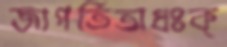
জাগর্তিঅধঃক্